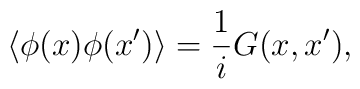
\langle\phi(x)\phi(x')\rangle={1\over i}G(x,x'),